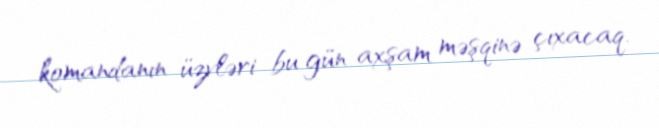
komandanın üzvləri bu gün axşam məşqinə çıxacaq.